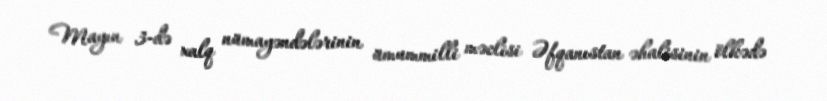
Mayın 3-də xalq nümayəndələrinin ümummilli məclisi Əfqanıstan əhalisinin ölkədə